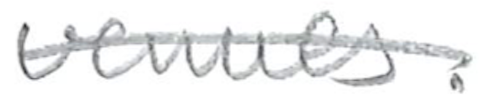
Text: venues.
Cross-out: single-line
Writing tool: pencil